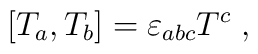
[T_a,T_b]=  \varepsilon_{abc}T^c\; ,